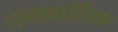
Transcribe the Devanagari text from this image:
तन्त्रवार्तिक